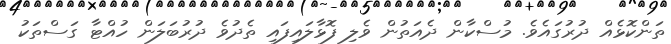
ތަންކޮޅެއް ދުރުގައެވެ. މުސްކާން ދެއަތުން ވެލި ފޮޅާލައިފައި ތެދުވެ ދުރުބަލަން ހުއްޓާ ގަސްތަކު